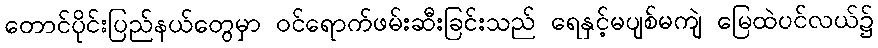
တောင်ပိုင်းပြည်နယ်တွေမှာ ဝင်ရောက်ဖမ်းဆီးခြင်းသည် ရေနှင့်မပျစ်မကျဲ မြေထဲပင်လယ်၌